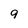
Character: 9